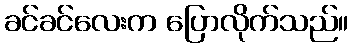
ခင်ခင်လေးက ပြောလိုက်သည်။